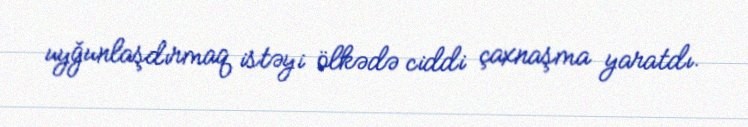
uyğunlaşdırmaq istəyi ölkədə ciddi çaxnaşma yaratdı.